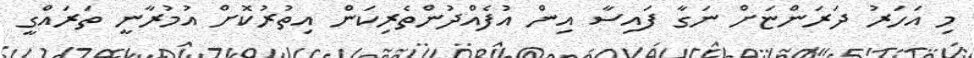
މި އަހަރު ދަރަންޏަށް ނަގާ ފައިސާ އިން އުފެއްދުންތެރިކަން އިތުރުކޮށް އުމުރާނީ ތަރައްގީ